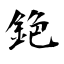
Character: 銫